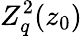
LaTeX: Z_{q}^{2}(z_{0})